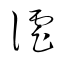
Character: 謔